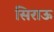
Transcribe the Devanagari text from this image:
सिराऊ